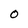
Character: O